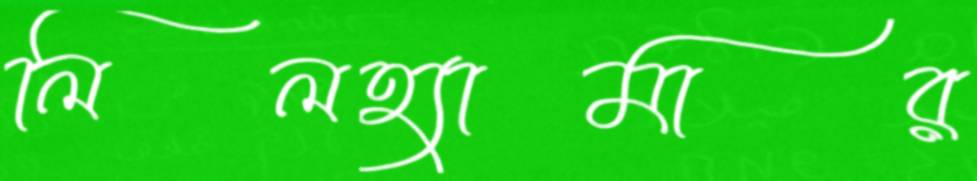
লিলহ্যামার